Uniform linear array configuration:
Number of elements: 12
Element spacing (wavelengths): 0.25
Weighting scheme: hamming
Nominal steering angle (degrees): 30
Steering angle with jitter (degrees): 31.741
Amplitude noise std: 0.05
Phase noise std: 0.05

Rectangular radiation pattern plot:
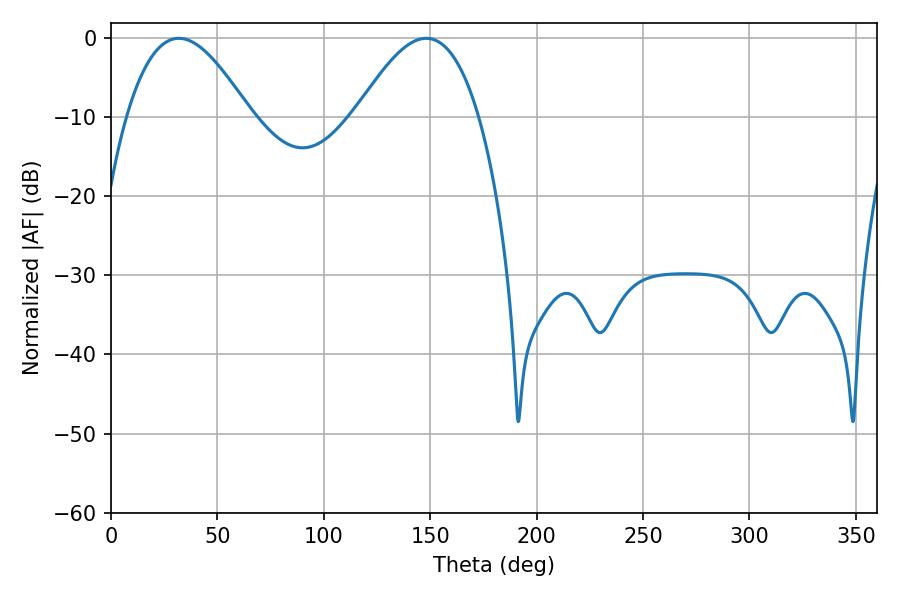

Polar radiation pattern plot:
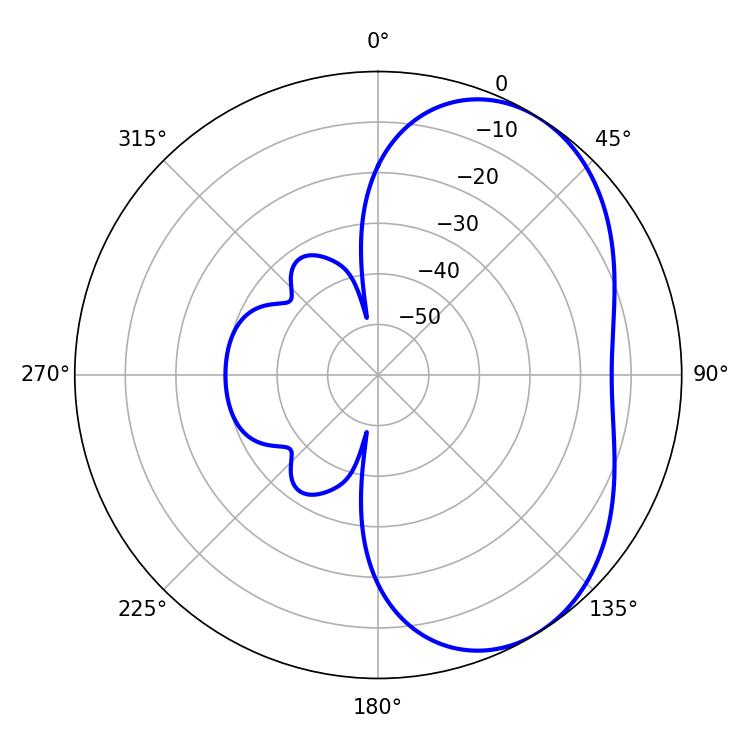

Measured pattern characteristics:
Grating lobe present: FALSE
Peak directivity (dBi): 4.614
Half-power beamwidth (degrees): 31.5
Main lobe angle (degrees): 31.86